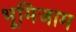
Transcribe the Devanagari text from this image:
भूमिजाम